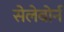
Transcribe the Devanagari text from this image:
सेलेबोर्न